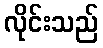
လိုင်းသည်